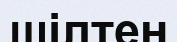
шілтен